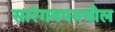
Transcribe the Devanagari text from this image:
सारेगमपमधील